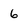
Character: 6